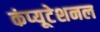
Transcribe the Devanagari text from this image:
कंप्‍यूटेशनल